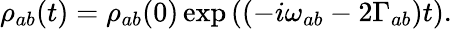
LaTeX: \rho_{ab}(t)=\rho_{ab}(0)\exp\left((-i\omega_{ab}-2\Gamma_{ab})t\right).